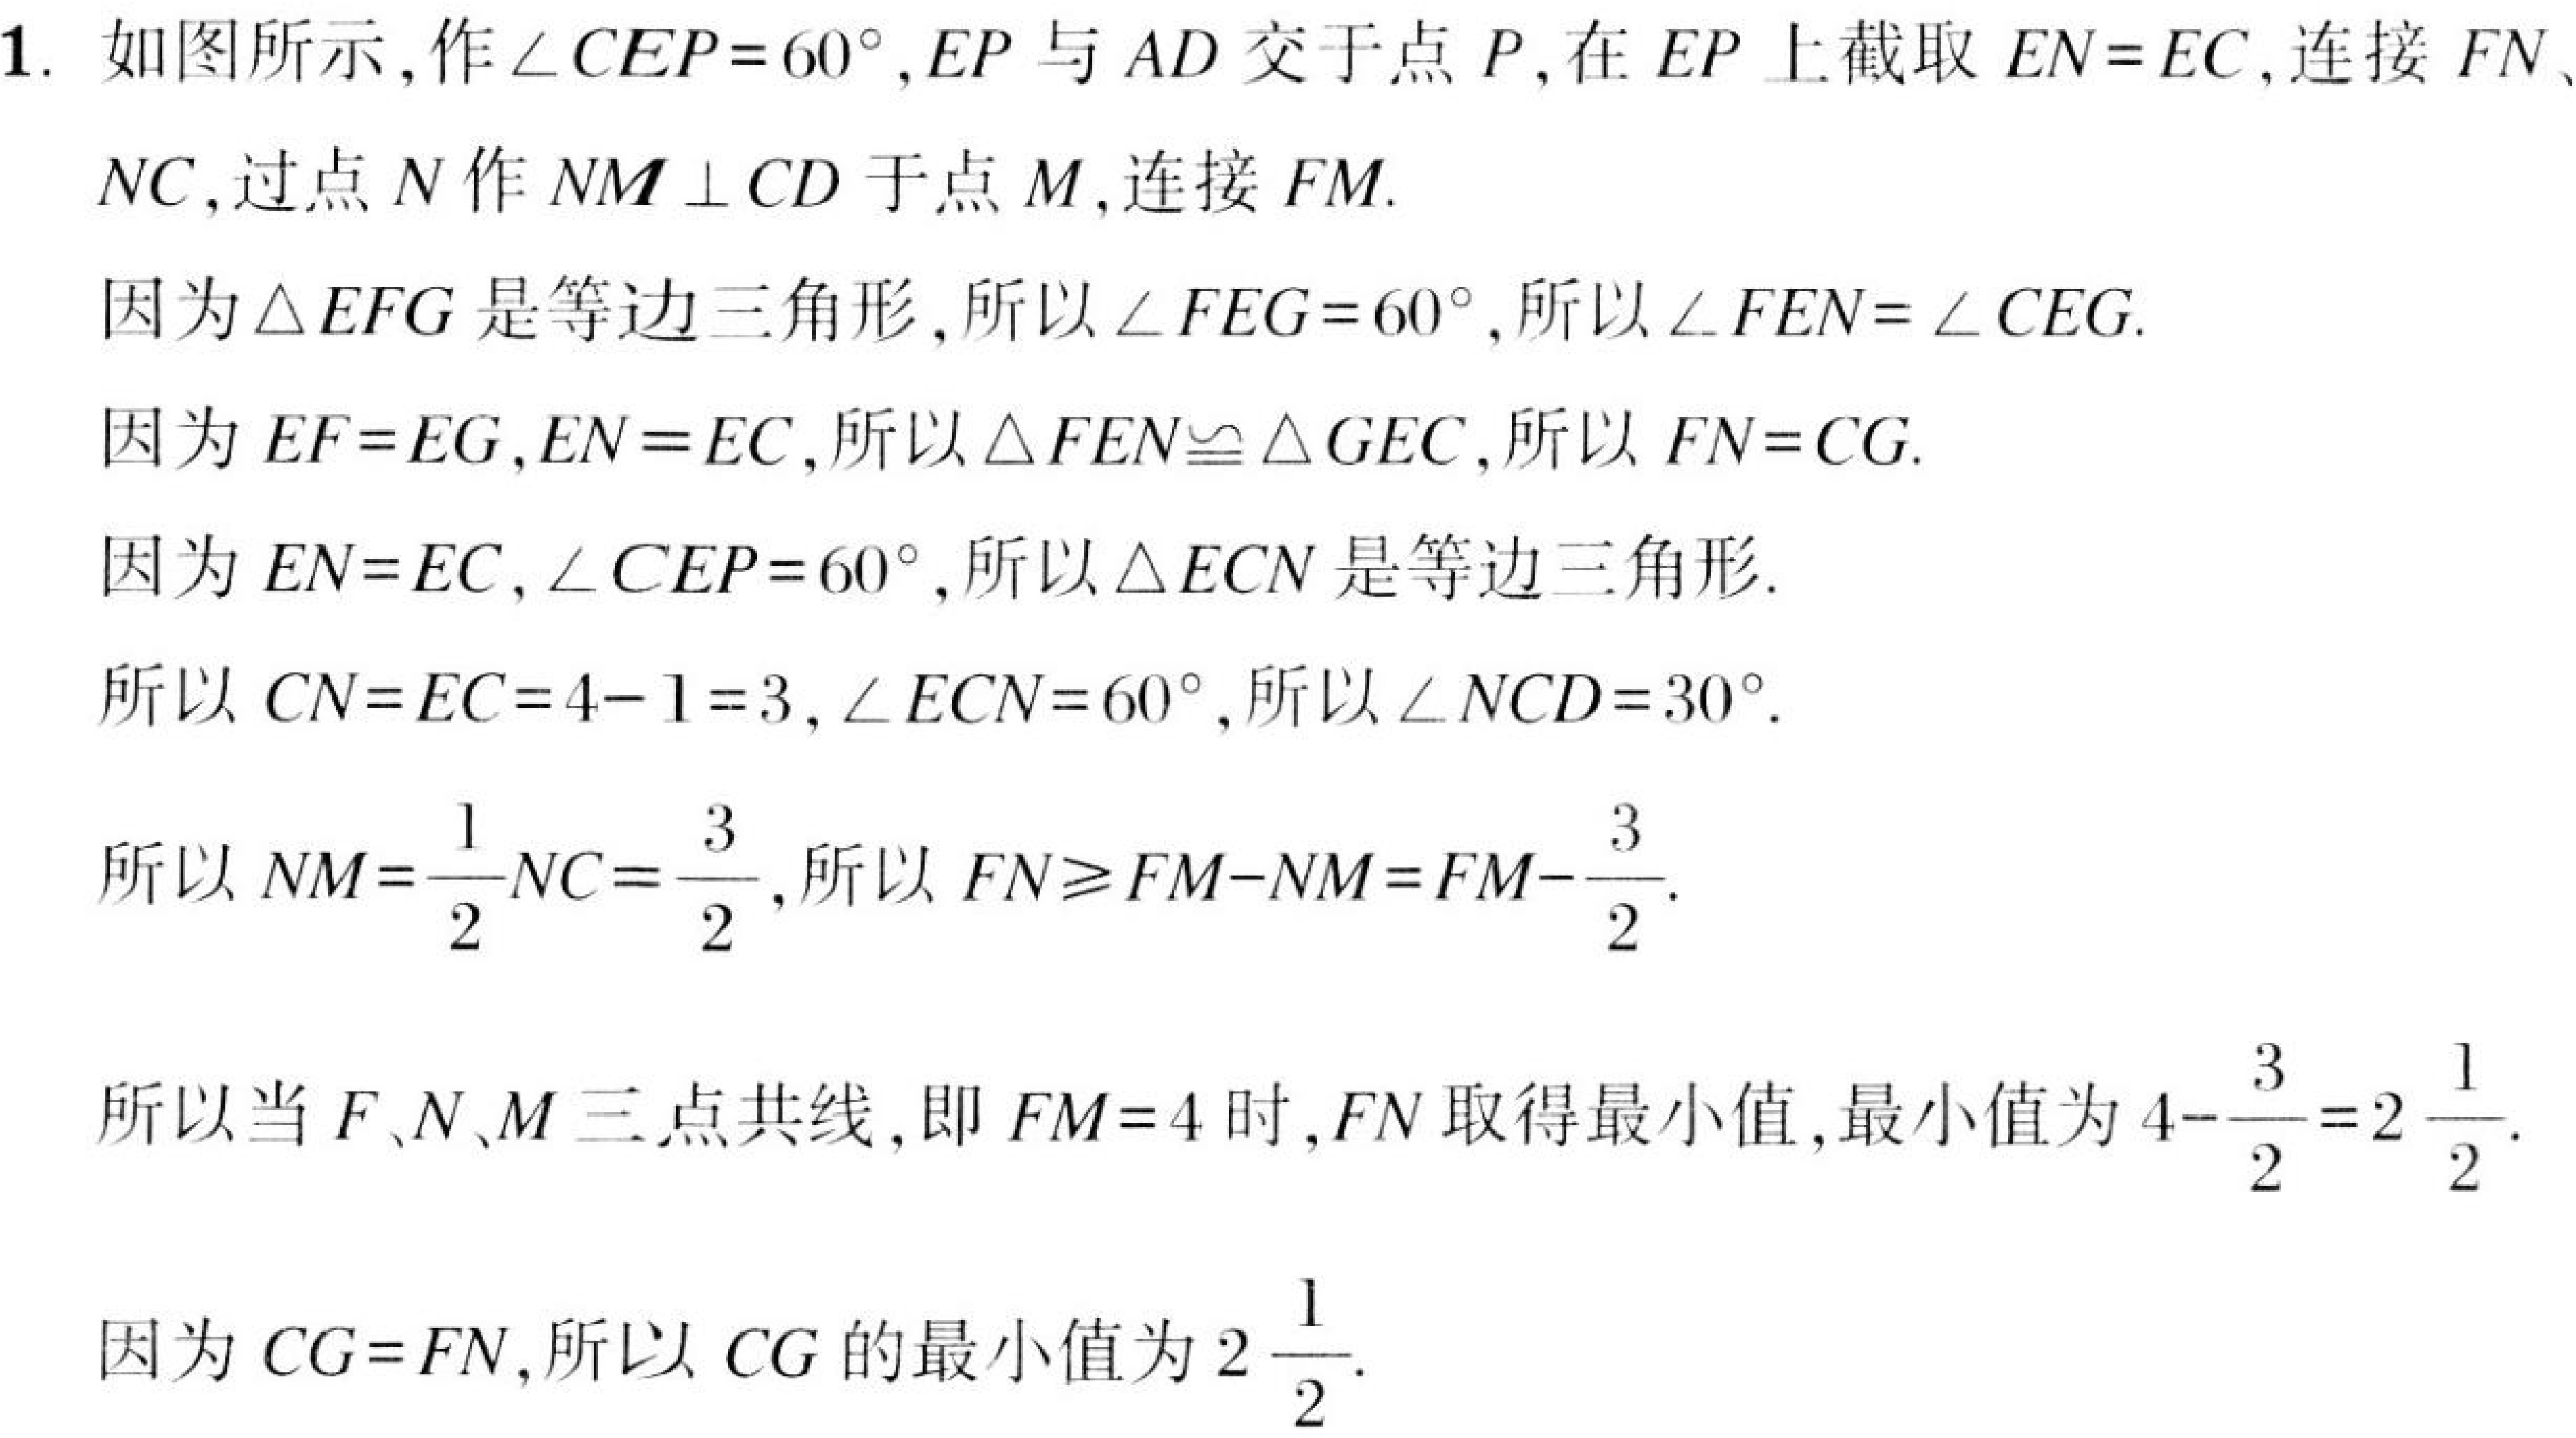
1. 如图所示，作\(\angle CEP = 60^{\circ}\)，\(EP\)与 \(AD\) 交于点 \(P\)，在 \(EP\) 上截取 \(EN = EC\)，连接 \(FN\)、
\(NC\)，过点 \(N\) 作 \(NM\perp CD\) 于点 \(M\)，连接 \(FM\).
因为\(\triangle EFG\) 是等边三角形，所以\(\angle FEG = 60^{\circ}\)，所以\(\angle FEN=\angle CEG\).
因为 \(EF = EG\)，\(EN = EC\)，所以\(\triangle FEN\cong\triangle GEC\)，所以 \(FN = CG\).
因为 \(EN = EC\)，\(\angle CEP = 60^{\circ}\)，所以\(\triangle ECN\) 是等边三角形.
所以 \(CN = EC = 4 - 1 = 3\)，\(\angle ECN = 60^{\circ}\)，所以\(\angle NCD = 30^{\circ}\).
所以 \(NM=\frac{1}{2}NC=\frac{3}{2}\)，所以 \(FN\geqslant FM - NM=FM-\frac{3}{2}\).
所以当 \(F\)、\(N\)、\(M\) 三点共线，即 \(FM = 4\) 时，\(FN\) 取得最小值，最小值为 \(4-\frac{3}{2}=2\frac{1}{2}\).
因为 \(CG = FN\)，所以 \(CG\) 的最小值为 \(2\frac{1}{2}\).